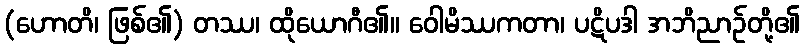
(ဟောတိ၊ ဖြစ်၏) တဿ၊ ထိုယောဂီ၏။ ဝေါမိဿကတာ၊ ပဋိပဒါ အဘိညာဉ်တို့၏